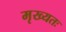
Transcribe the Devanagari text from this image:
मृख्यतः